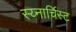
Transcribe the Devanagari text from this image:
स्य्नार्चिस्ट